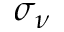
\sigma _ { \nu }